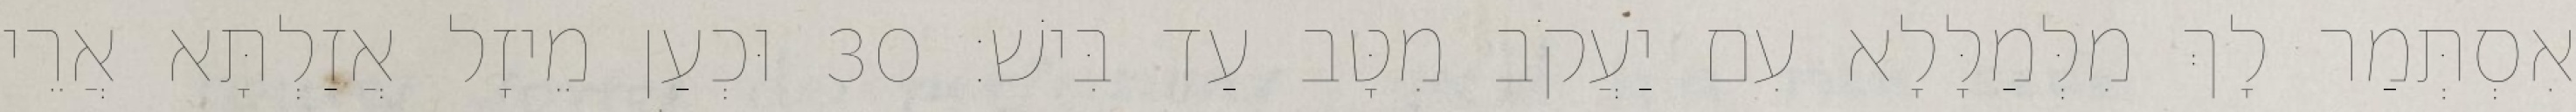
אִסְתְּמַר לָךְ מִלְּמַלָּלָא עִם יַעֲקֹב מִטָּב עַד בִּישׁ׃ 30 וּכְעַן מֵיזָל אֲזַלְתָּא אֲרֵי